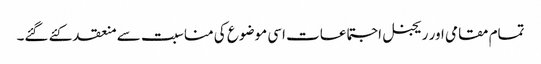
تمام مقامی اور ریجنل اجتماعات اسی موضوع کی مناسبت سے منعقد کئے گئے۔